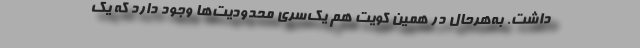
داشت. به‌هر‌حال در همین کویت هم یک‌سری محدودیت‌ها وجود دارد که یک